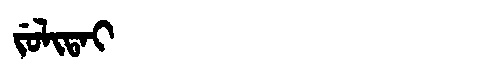
Manchu: ᠵᡠᠯᡳᡨᠠᡳ
Romanization: JULITAI